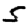
Digit: 5